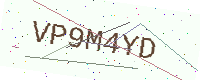
Text: VP9M4YD